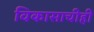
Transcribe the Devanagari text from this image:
विकासाचीही